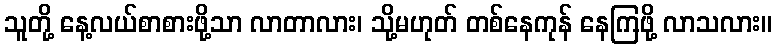
သူတို့ နေ့လယ်စာစားဖို့သာ လာတာလား၊ သို့မဟုတ် တစ်နေကုန် နေကြဖို့ လာသလား။